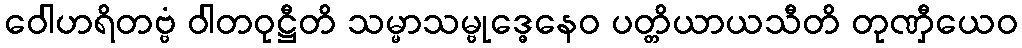
ဝေါဟရိတဗ္ဗံ ဝါတဝုဋ္ဌီတိ သမ္မာသမ္ဗုဒ္ဓေနေဝ ပတ္တိယာယသီတိ တုဏှီယေဝ